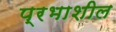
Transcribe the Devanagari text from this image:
प्रभाशील